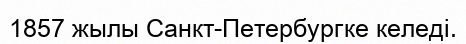
1857 жылы Санкт-Петербургке келеді.